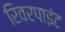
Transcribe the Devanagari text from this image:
रिवरपाइंट